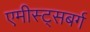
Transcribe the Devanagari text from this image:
एमीस्ट्सबर्ग